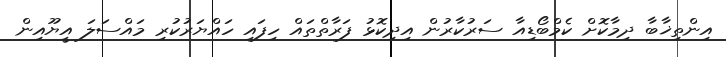
އިންތިޚާބާ ދިމާކޮށް ކެމްބޯޑިއާ ސަރުކާރުން އިދިކޮޅު ފަރާތްތައް ހިފައި ހައްޔަރުކުރި މައްސަލަ އީޔޫއިން